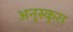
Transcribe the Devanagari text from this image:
अनुस्कुरा